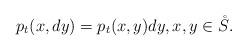
LaTeX: \begin{align*} p_t(x,dy)=p_t(x,y)dy, x, y\in \mathring{S}. \end{align*}